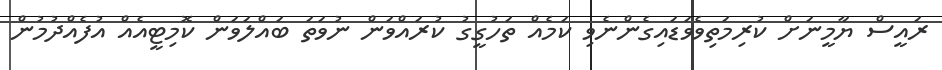
ރައީސް ޔާމީނަށް ކުރިމަތިވެވަޑައިގެންނެވި ކަމެއް ތަހުގީގު ކުރައްވަން ނުވަތަ ބައްލަވަން ކޮމިޓީއެއް އުފެއްދުމުން